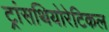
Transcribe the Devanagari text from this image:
ट्रांसथियोरेटिकल